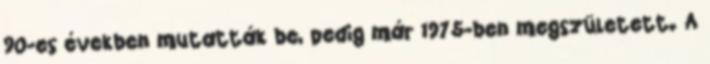
90-es években mutatták be, pedig már 1975-ben megszületett. A